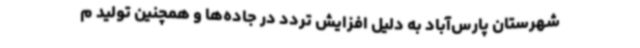
شهرستان پارس‌آباد به دلیل افزایش تردد در جاده‌ها و همچنین تولید م